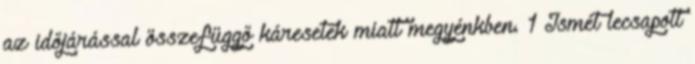
az időjárással összefüggő káresetek miatt megyénkben. 1 Ismét lecsapott